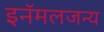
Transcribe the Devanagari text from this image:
इनॅमलजन्य